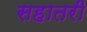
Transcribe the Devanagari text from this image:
सहातरी